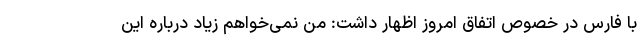
با فارس در خصوص اتفاق امروز اظهار داشت: من نمی‌خواهم زیاد درباره این